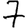
Digit: 7